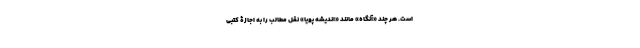
است. هر چند «آنگاه» مانند «اندیشه پویا» نقل مطالب را به اجازۀ کتبی